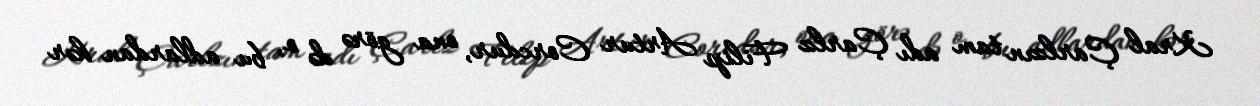
Kral Çarlzın tam adı Çarlz Filip Artur Corcdur, ona görə də o, bu adlardan hər